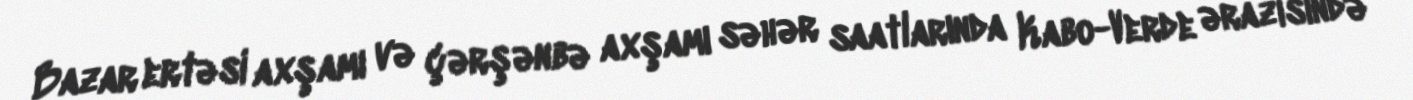
Bazar ertəsi axşamı və çərşənbə axşamı səhər saatlarında Kabo-Verde ərazisində